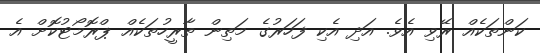
ކަންތަކެއް ރޭވި އެވެ. އަދި އެކި ފަހަރުގެ މަތިން ތާރީހުތަކެއް ޕްރޮމޯޓުކޮށް އެ